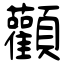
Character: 顴